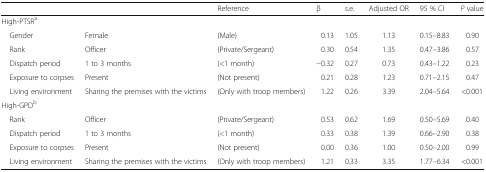
<table><thead><tr><td></td><td></td><td><b>Reference</b></td><td><b>β</b></td><td><b>s.e.</b></td><td><b>Adjusted OR</b></td><td><b>95 % CI</b></td><td><b><i>P</i> value</b></td></tr></thead><tbody><tr><td colspan="8">High-PTSR<sup>a</sup></td></tr><tr><td> Gender</td><td>Female</td><td>(Male)</td><td>0.13</td><td>1.05</td><td>1.13</td><td>0.15–8.83</td><td>0.90</td></tr><tr><td> Rank</td><td>Officer</td><td>(Private/Sergeant)</td><td>0.30</td><td>0.54</td><td>1.35</td><td>0.47–3.86</td><td>0.57</td></tr><tr><td> Dispatch period</td><td>1 to 3 months</td><td>(&lt;1 month)</td><td>−0.32</td><td>0.27</td><td>0.73</td><td>0.43–1.22</td><td>0.23</td></tr><tr><td> Exposure to corpses</td><td>Present</td><td>(Not present)</td><td>0.21</td><td>0.28</td><td>1.23</td><td>0.71–2.15</td><td>0.47</td></tr><tr><td> Living environment</td><td>Sharing the premises with the victims</td><td>(Only with troop members)</td><td>1.22</td><td>0.26</td><td>3.39</td><td>2.04–5.64</td><td>&lt;0.001</td></tr><tr><td colspan="8">High-GPD<sup>b</sup></td></tr><tr><td> Rank</td><td>Officer</td><td>(Private/Sergeant)</td><td>0.53</td><td>0.62</td><td>1.69</td><td>0.50–5.69</td><td>0.40</td></tr><tr><td> Dispatch period</td><td>1 to 3 months</td><td>(&lt;1 month)</td><td>0.33</td><td>0.38</td><td>1.39</td><td>0.66–2.90</td><td>0.38</td></tr><tr><td> Exposure to corpses</td><td>Present</td><td>(Not present)</td><td>0.00</td><td>0.36</td><td>1.00</td><td>0.50–2.00</td><td>0.99</td></tr><tr><td> Living environment</td><td>Sharing the premises with the victims</td><td>(Only with troop members)</td><td>1.21</td><td>0.33</td><td>3.35</td><td>1.77–6.34</td><td>&lt;0.001</td></tr></tbody></table>